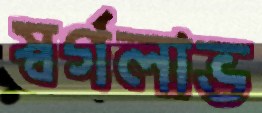
স্বর্গলাভ